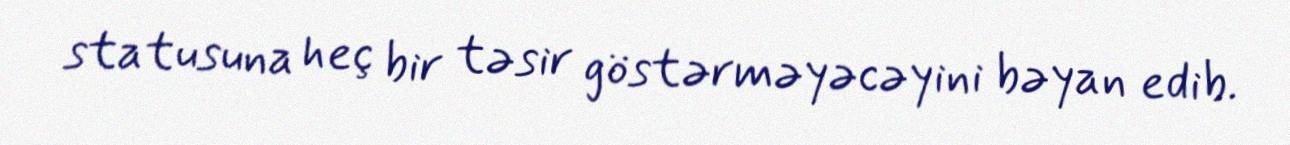
statusuna heç bir təsir göstərməyəcəyini bəyan edib.